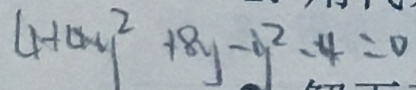
4 + 4 y ^ { 2 } + 8 y - y ^ { 2 } - 4 = 0